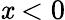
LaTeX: \mathit{x}<0